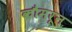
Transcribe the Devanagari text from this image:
कौमरून